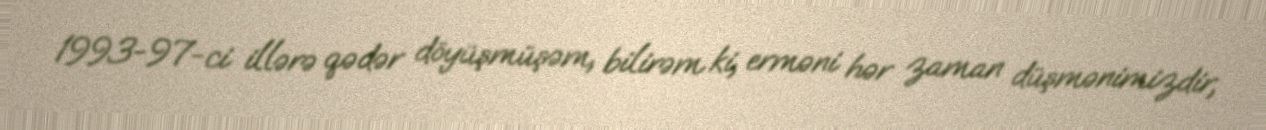
1993-97-ci illərə qədər döyüşmüşəm, bilirəm ki, erməni hər zaman düşmənimizdir,